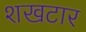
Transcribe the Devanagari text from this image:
शखटार